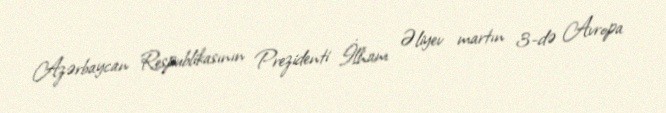
Azərbaycan Respublikasının Prezidenti İlham Əliyev martın 3-də Avropa